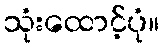
သုံးထောင့်ပုံ။